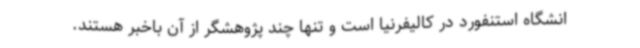
انشگاه استنفورد در کالیفرنیا است و تنها چند پژوهشگر از آن باخبر هستند.